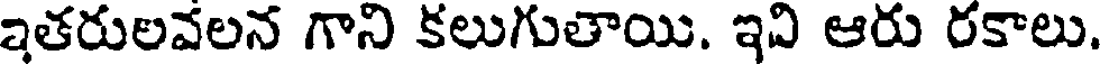
ఇతరులవలన గాని కలుగుతాయి. ఇవి ఆరు రకాలు.